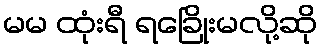
မမ ထုံးရီ ရခြေိုးမလို့ဆို